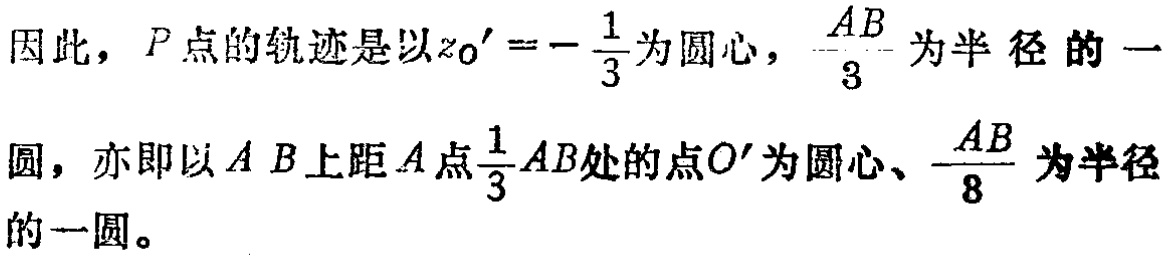
因此，\(P\)点的轨迹是以\(z_{0}' = -\frac{1}{3}\)为圆心，\(\frac{AB}{3}\)为半径的一
圆，亦即以\(AB\)上距\(A\)点\(\frac{1}{3}AB\)处的点\(O'\)为圆心、\(\frac{AB}{8}\)为半径
的一圆。